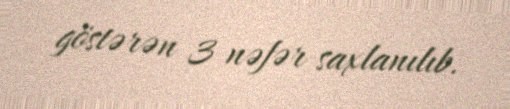
göstərən 3 nəfər saxlanılıb.